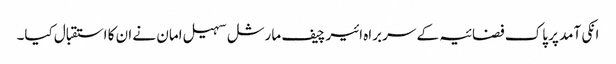
انکی آمد پر پاک فضائیہ کے سربراہ ائیر چیف مارشل سہیل امان نے ان کا استقبال کیا۔